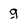
Character: g